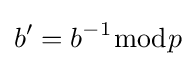
b'=b^{-1}{\bmod {p}}